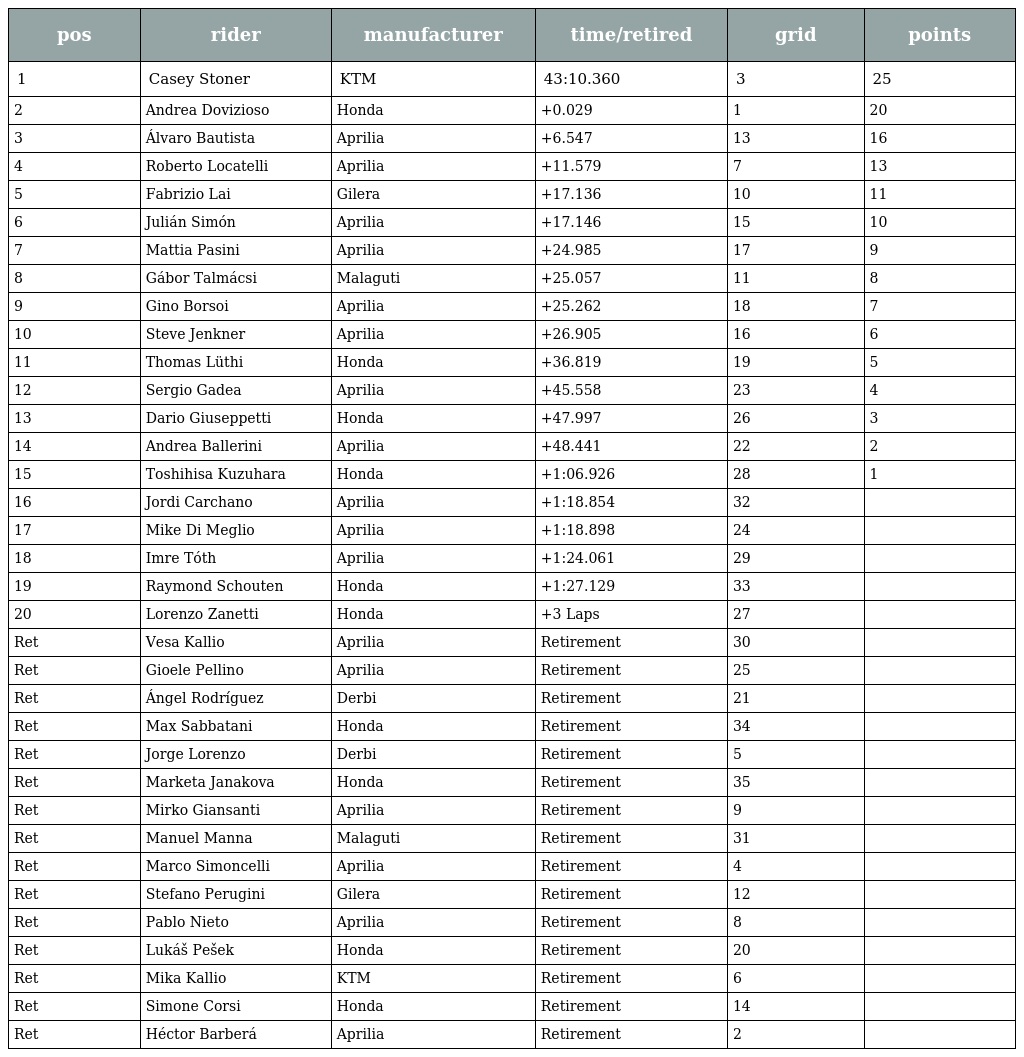
| pos | rider | manufacturer | time/retired | grid | points |
 | --- | --- | --- | --- | --- | --- |
 | 1 | Casey Stoner | KTM | 43:10.360 | 3 | 25 |
 | 2 | Andrea Dovizioso | Honda | +0.029 | 1 | 20 |
 | 3 | Álvaro Bautista | Aprilia | +6.547 | 13 | 16 |
 | 4 | Roberto Locatelli | Aprilia | +11.579 | 7 | 13 |
 | 5 | Fabrizio Lai | Gilera | +17.136 | 10 | 11 |
 | 6 | Julián Simón | Aprilia | +17.146 | 15 | 10 |
 | 7 | Mattia Pasini | Aprilia | +24.985 | 17 | 9 |
 | 8 | Gábor Talmácsi | Malaguti | +25.057 | 11 | 8 |
 | 9 | Gino Borsoi | Aprilia | +25.262 | 18 | 7 |
 | 10 | Steve Jenkner | Aprilia | +26.905 | 16 | 6 |
 | 11 | Thomas Lüthi | Honda | +36.819 | 19 | 5 |
 | 12 | Sergio Gadea | Aprilia | +45.558 | 23 | 4 |
 | 13 | Dario Giuseppetti | Honda | +47.997 | 26 | 3 |
 | 14 | Andrea Ballerini | Aprilia | +48.441 | 22 | 2 |
 | 15 | Toshihisa Kuzuhara | Honda | +1:06.926 | 28 | 1 |
 | 16 | Jordi Carchano | Aprilia | +1:18.854 | 32 |  |
 | 17 | Mike Di Meglio | Aprilia | +1:18.898 | 24 |  |
 | 18 | Imre Tóth | Aprilia | +1:24.061 | 29 |  |
 | 19 | Raymond Schouten | Honda | +1:27.129 | 33 |  |
 | 20 | Lorenzo Zanetti | Honda | +3 Laps | 27 |  |
 | Ret | Vesa Kallio | Aprilia | Retirement | 30 |  |
 | Ret | Gioele Pellino | Aprilia | Retirement | 25 |  |
 | Ret | Ángel Rodríguez | Derbi | Retirement | 21 |  |
 | Ret | Max Sabbatani | Honda | Retirement | 34 |  |
 | Ret | Jorge Lorenzo | Derbi | Retirement | 5 |  |
 | Ret | Marketa Janakova | Honda | Retirement | 35 |  |
 | Ret | Mirko Giansanti | Aprilia | Retirement | 9 |  |
 | Ret | Manuel Manna | Malaguti | Retirement | 31 |  |
 | Ret | Marco Simoncelli | Aprilia | Retirement | 4 |  |
 | Ret | Stefano Perugini | Gilera | Retirement | 12 |  |
 | Ret | Pablo Nieto | Aprilia | Retirement | 8 |  |
 | Ret | Lukáš Pešek | Honda | Retirement | 20 |  |
 | Ret | Mika Kallio | KTM | Retirement | 6 |  |
 | Ret | Simone Corsi | Honda | Retirement | 14 |  |
 | Ret | Héctor Barberá | Aprilia | Retirement | 2 |  |